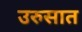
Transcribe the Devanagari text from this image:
उरुसात